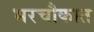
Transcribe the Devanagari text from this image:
भरचौकात